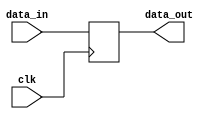
//============================================================================//
//                                                                            //
//      Bit Slicer                                                            //
//                                                                            //
//      Module name: slice                                                    //
//      Desc: parameterized, bit slicer, outputs the remaining bits           //
//      Developer: Wesley New                                                 //
//      Licence: GNU General Public License ver 3                             //
//      Notes:                                                                //
//                                                                            //
//============================================================================//

module slice #(
      //===================
      // Slice Parameters
      //===================
      parameter INPUT_DATA_WIDTH = 8,          // number of input bits
      parameter OFFSET_REL_TO_MSB = 1,         // 1 = MSB, 0 = LSB
      parameter OFFSET_1 = 0,                  // position of first offset
      parameter OFFSET_2 = INPUT_DATA_WIDTH-1  // position of second offest
   ) (
      //===========
      // IO Ports
      //===========
      input  wire                        clk,
      input  wire [INPUT_DATA_WIDTH-1:0] data_in,
      output reg  [OFFSET_1-OFFSET_2:0]  data_out
   );

   // Synchronous logic
   always @(posedge clk) begin
      if (OFFSET_REL_TO_MSB) begin // (MSB)
         data_out <= data_in[OFFSET_2:OFFSET_1];
      end else begin // OFFSET_RELATIVE_TO_MSB = 0 (LSB)
         data_out <= data_in[(INPUT_DATA_WIDTH-1'd1)-OFFSET_1:(INPUT_DATA_WIDTH-1'd1)-OFFSET_2];
      end
   end
endmodule